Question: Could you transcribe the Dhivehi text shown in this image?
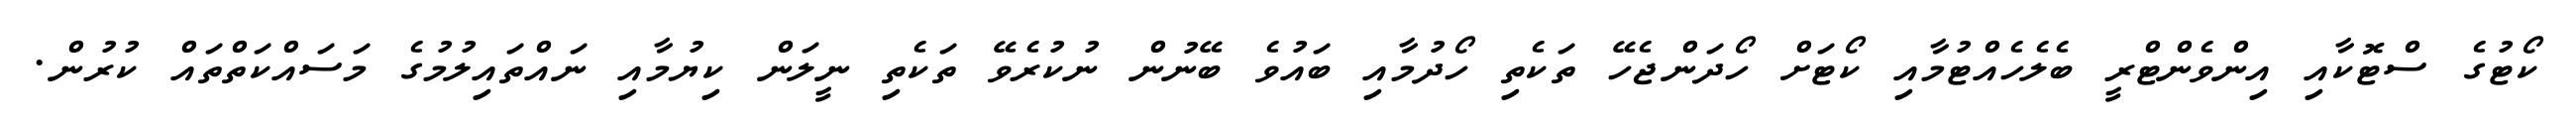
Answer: ކޯޓުގެ ސްޓޮކާއި އިންވެންޓްރީ ބެލެހެއްޓުމާއި ކޯޓަށް ހޯދަންޖެހޭ ތަކެތި ހޯދުމާއި ބައުވެ ބޭނުން ނުކުރެވޭ ތަކެތި ނީލަން ކިޔުމާއި ނައްތައިލުމުގެ މަސައްކަތްތައް ކުރުން.